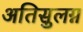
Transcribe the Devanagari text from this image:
अतिसुलग्न